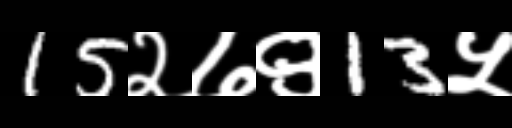
Text: 15२७९13५